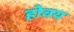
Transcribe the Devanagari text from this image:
होवय